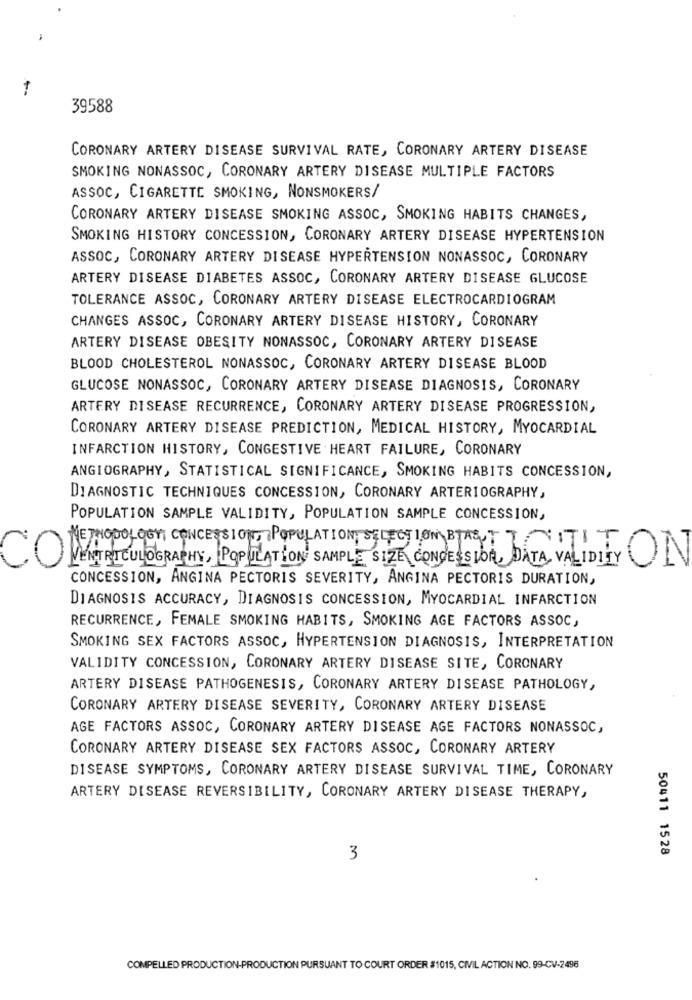
39588
CORONARY ARTERY DISEASE SURVIVAL RATE, CORONARY ARTERY DISEASE
SMOKING NONASSOC, CORONARY ARTERY DISEASE MULTIPLE FACTORS
ASSOC, CIGARETTE SMOKING, NONSMOKERS/
CORONARY ARTERY DISEASE SMOKING ASSOC, SMOKING HABITS CHANGES,
SMOKING HISTORY CONCESSION, CORONARY ARTERY DISEASE HYPERTENSION
ASSOC, CORONARY ARTERY DISEASE HYPERTENSION NONASSOC, CORONARY
ARTERY DISEASE DIABETES ASSOC, CORONARY ARTERY DISEASE GLUCOSE
TOLERANCE ASSOC, CORONARY ARTERY DISEASE ELECTROCARDIOGRAM
CHANGES ASSOC, CORONARY ARTERY DISEASE HISTORY, CORONARY
ARTERY DISEASE OBESITY NONASSOC, CORONARY ARTERY DISEASE
BLOOD CHOLESTEROL NONASSOC, CORONARY ARTERY DISEASE BLOOD
GLUCOSE NONASSOC, CORONARY ARTERY DISEASE DIAGNOSIS, CORONARY
ARTERY DISEASE RECURRENCE, CORONARY ARTERY DISEASE PROGRESSION,
CORONARY ARTERY DISEASE PREDICTION, MEDICAL HISTORY, MYOCARDIAL
INFARCTION HISTORY, CONGESTIVE HEART FAILURE, CORONARY
ANGIOGRAPHY, STATISTICAL SIGNIFICANCE, SMOKING HABITS CONCESSION,
DIAGNOSTIC TECHNIQUES CONCESSION, CORONARY ARTERIOGRAPHY,
POPULATION SAMPLE VALIDITY, POPULATION SAMPLE CONCESSION,
METHODOLOGY CONCESSION, POPULATION SELECTION BATTITI
CO
VENTRICULOGRAPHY, POPULATION SAMPLE SIZE CONCESSION DATA, VALIDITY
CONCESSION, ANGINA PECTORIS SEVERITY, ANGINA PECTORIS DURATION,
DIAGNOSIS ACCURACY, DIAGNOSIS CONCESSION, MYOCARDIAL INFARCTION
RECURRENCE, FEMALE SMOKING HABITS, SMOKING AGE FACTORS ASSOC,
SMOKING SEX FACTORS ASSOC, HYPERTENSION DIAGNOSIS, INTERPRETATION
VALIDITY CONCESSION, CORONARY ARTERY DISEASE SITE, CORONARY
ARTERY DISEASE PATHOGENESIS, CORONARY ARTERY DISEASE PATHOLOGY,
CORONARY ARTERY DISEASE SEVERITY, CORONARY ARTERY DISEASE
AGE FACTORS ASSOC, CORONARY ARTERY DISEASE AGE FACTORS NONASSOC,
CORONARY ARTERY DISEASE SEX FACTORS ASSOC, CORONARY ARTERY
DISEASE SYMPTOMS, CORONARY ARTERY DISEASE SURVIVAL TIME, CORONARY
ARTERY DISEASE REVERSIBILITY, CORONARY ARTERY DISEASE THERAPY,
50411 1528
3
COMPELLED PRODUCTION-PRODUCTION PURSUANT TO COURT ORDER #1015, CIVIL ACTION NO. 99-CV-2496